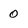
Character: 0